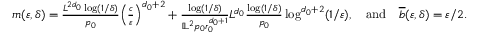
\begin{array} { r } { m ( \varepsilon , \delta ) = \frac { L ^ { 2 \ensuremath { d } _ { 0 } } \log ( 1 / \delta ) } { p _ { 0 } } \Big ( \frac { c } { \varepsilon } \Big ) ^ { \ensuremath { d } _ { 0 } + 2 } + \frac { \log ( 1 / \delta ) } { \mathbb { L } ^ { 2 } p _ { 0 } r _ { 0 } ^ { \ensuremath { d } _ { 0 } + 1 } } L ^ { \ensuremath { d } _ { 0 } } \frac { \log ( 1 / \delta ) } { p _ { 0 } } \log ^ { \ensuremath { d } _ { 0 } + 2 } ( 1 / \varepsilon ) , \quad \mathrm { a n d } \quad \overline { { b } } ( \varepsilon , \delta ) = \varepsilon / 2 . } \end{array}